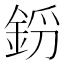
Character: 𨦝